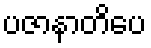
ပဇာနာတိပေ